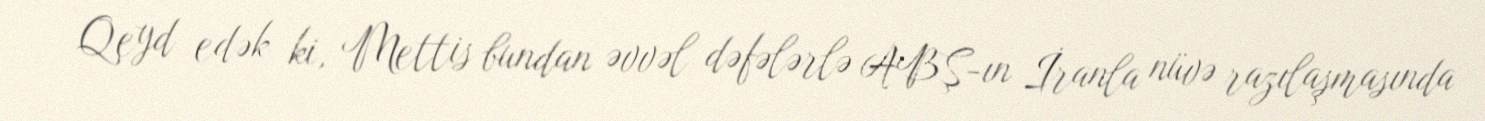
Qeyd edək ki, Mettis bundan əvvəl dəfələrlə ABŞ-ın İranla nüvə razılaşmasında